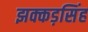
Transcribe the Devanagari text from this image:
झक्कड़सिंह